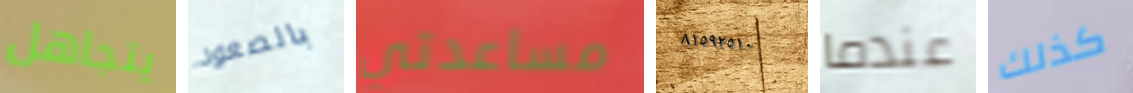
يتجاهل بالصعود مساعدتي ٨١٥٩٢٥١٠ عندما كذلك